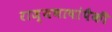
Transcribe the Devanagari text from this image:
राज्यभाषांपैकी